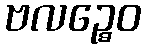
ဗလဉ္စေဝ